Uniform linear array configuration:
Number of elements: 16
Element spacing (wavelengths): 0.5
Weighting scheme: cosine
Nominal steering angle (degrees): -15
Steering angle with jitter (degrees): -14.844
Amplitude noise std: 0.05
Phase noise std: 0.05

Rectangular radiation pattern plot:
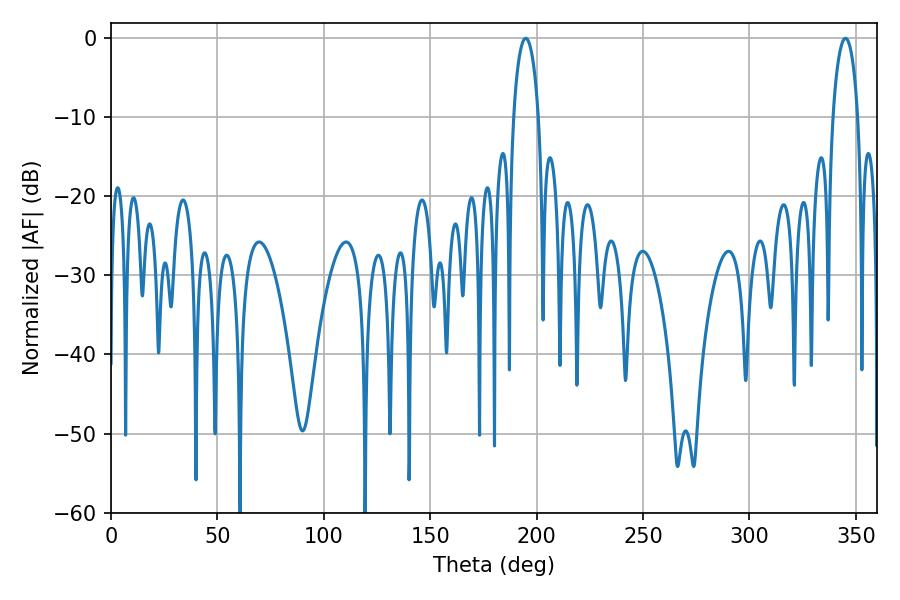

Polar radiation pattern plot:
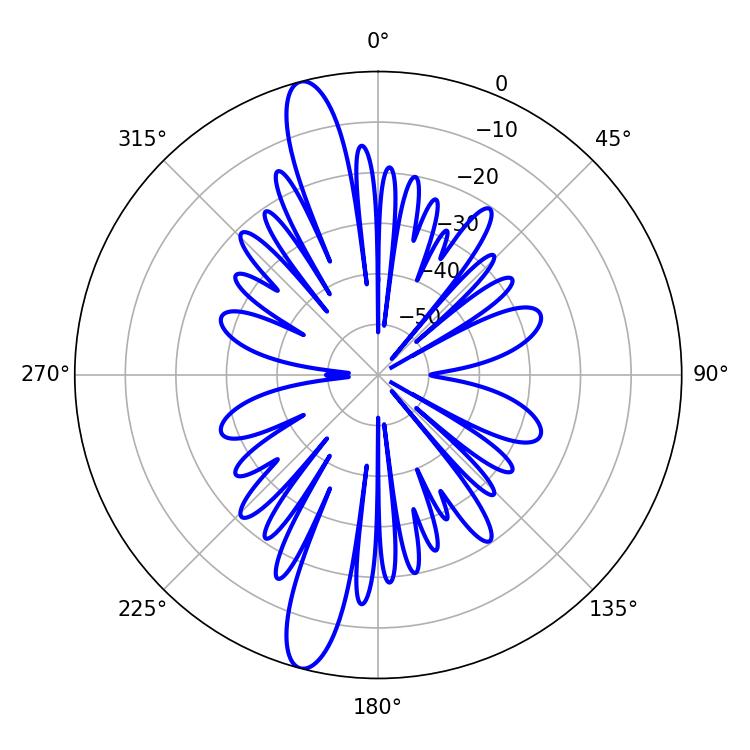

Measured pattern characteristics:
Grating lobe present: FALSE
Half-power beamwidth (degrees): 6.66
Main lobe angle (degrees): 194.94